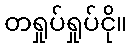
တရှုပ်ရှုပ်ငို။